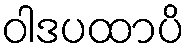
ဝါဒပထာပိ